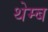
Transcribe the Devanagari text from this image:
थेम्ब